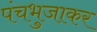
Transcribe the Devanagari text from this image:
पंचभुजाकर